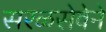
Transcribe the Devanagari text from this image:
सरळसेवेने